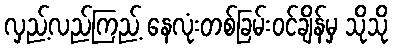
လှည့်လည်ကြည့် နေလုံးတစ်ခြမ်းဝင်ချိန်မှ သိုသို